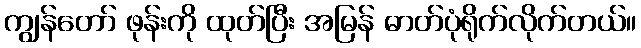
ကျွန်တော် ဖုန်းကို ထုတ်ပြီး အမြန် ဓာတ်ပုံရိုက်လိုက်တယ်။